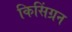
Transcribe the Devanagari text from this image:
किसिंग्रन